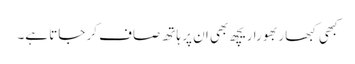
کبھی کبھار بھورا ریچھ بھی ان پر ہاتھ صاف کر جاتا ہے۔